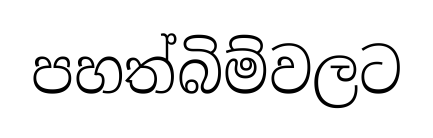
පහත්බිම්වලට